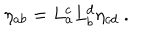
LaTeX: \eta _ { a b } = L _ { a } ^ { c } L _ { b } ^ { d } \eta _ { c d } ~ .